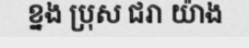
ខ្នង ប្រុស ជរា យ៉ាង